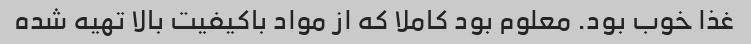
غذا خوب بود. معلوم بود کاملا که از مواد باکیفیت بالا تهیه شده